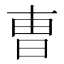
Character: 曺